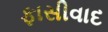
ફાસીવાદ